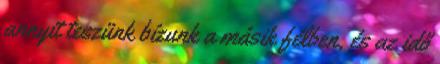
annyit teszünk bízunk a másik félben, és az idő